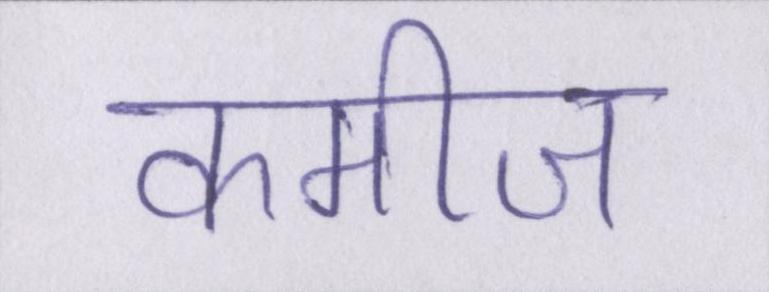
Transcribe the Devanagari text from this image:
कमीज